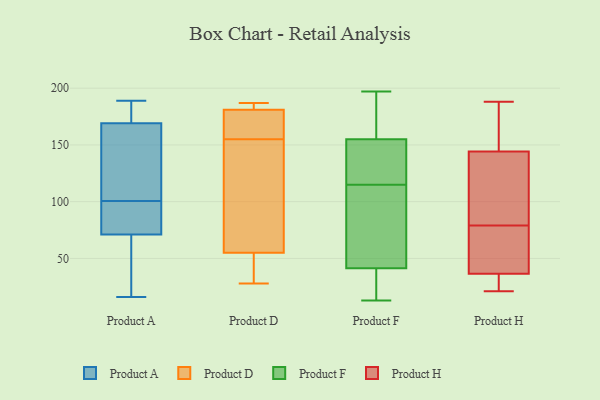
{"axis": {"x": "Energy Usage (MWh)", "y": "Value"}, "legend": ["Product A", "Product D", "Product F", "Product H"], "data": [{"x": "", "y": 76, "type": "Product A"}, {"x": "", "y": 16, "type": "Product A"}, {"x": "", "y": 165, "type": "Product A"}, {"x": "", "y": 175, "type": "Product A"}, {"x": "", "y": 149, "type": "Product A"}, {"x": "", "y": 88, "type": "Product A"}, {"x": "", "y": 66, "type": "Product A"}, {"x": "", "y": 40, "type": "Product A"}, {"x": "", "y": 143, "type": "Product A"}, {"x": "", "y": 83, "type": "Product A"}, {"x": "", "y": 113, "type": "Product A"}, {"x": "", "y": 189, "type": "Product A"}, {"x": "", "y": 179, "type": "Product A"}, {"x": "", "y": 88, "type": "Product A"}, {"x": "", "y": 36, "type": "Product A"}, {"x": "", "y": 173, "type": "Product A"}, {"x": "", "y": 180, "type": "Product D"}, {"x": "", "y": 181, "type": "Product D"}, {"x": "", "y": 73, "type": "Product D"}, {"x": "", "y": 28, "type": "Product D"}, {"x": "", "y": 171, "type": "Product D"}, {"x": "", "y": 55, "type": "Product D"}, {"x": "", "y": 184, "type": "Product D"}, {"x": "", "y": 187, "type": "Product D"}, {"x": "", "y": 37, "type": "Product D"}, {"x": "", "y": 139, "type": "Product D"}, {"x": "", "y": 183, "type": "Product F"}, {"x": "", "y": 34, "type": "Product F"}, {"x": "", "y": 38, "type": "Product F"}, {"x": "", "y": 126, "type": "Product F"}, {"x": "", "y": 169, "type": "Product F"}, {"x": "", "y": 149, "type": "Product F"}, {"x": "", "y": 115, "type": "Product F"}, {"x": "", "y": 21, "type": "Product F"}, {"x": "", "y": 51, "type": "Product F"}, {"x": "", "y": 79, "type": "Product F"}, {"x": "", "y": 112, "type": "Product F"}, {"x": "", "y": 197, "type": "Product F"}, {"x": "", "y": 157, "type": "Product F"}, {"x": "", "y": 115, "type": "Product F"}, {"x": "", "y": 13, "type": "Product F"}, {"x": "", "y": 126, "type": "Product H"}, {"x": "", "y": 35, "type": "Product H"}, {"x": "", "y": 177, "type": "Product H"}, {"x": "", "y": 79, "type": "Product H"}, {"x": "", "y": 172, "type": "Product H"}, {"x": "", "y": 72, "type": "Product H"}, {"x": "", "y": 150, "type": "Product H"}, {"x": "", "y": 49, "type": "Product H"}, {"x": "", "y": 26, "type": "Product H"}, {"x": "", "y": 88, "type": "Product H"}, {"x": "", "y": 187, "type": "Product H"}, {"x": "", "y": 50, "type": "Product H"}, {"x": "", "y": 21, "type": "Product H"}, {"x": "", "y": 41, "type": "Product H"}, {"x": "", "y": 30, "type": "Product H"}, {"x": "", "y": 188, "type": "Product H"}, {"x": "", "y": 127, "type": "Product H"}, {"x": "", "y": 125, "type": "Product H"}, {"x": "", "y": 33, "type": "Product H"}]}